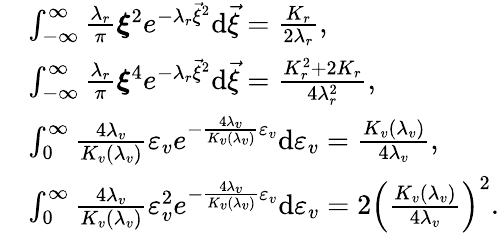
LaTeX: \begin{array}{rl}&{\int_{-\infty}^{\infty}\frac{\lambda_{r}}{\pi}\boldsymbol{\xi}^{2}e^{-\lambda_{r}\vec{\xi}^{2}}\mathrm{{d}}{\vec{\xi}}=\frac{K_{r}}{2\lambda_{r}},}\\ &{\int_{-\infty}^{\infty}\frac{\lambda_{r}}{\pi}\boldsymbol{\xi}^{4}e^{-\lambda_{r}\vec{\xi}^{2}}{\mathrm{d}}{\vec{\xi}}=\frac{K_{r}^{2}+2K_{r}}{4\lambda_{r}^{2}},}\\ &{\int_{0}^{\infty}\frac{4\lambda_{v}}{K_{v}(\lambda_{v})}\varepsilon_{v}e^{-\frac{4\lambda_{v}}{K_{v}(\lambda_{v})}{\varepsilon_{v}}}\mathrm{{d}}\varepsilon_{v}=\frac{K_{v}(\lambda_{v})}{4\lambda_{v}},}\\ &{\int_{0}^{\infty}\frac{4\lambda_{v}}{K_{v}(\lambda_{v})}\varepsilon_{v}^{2}e^{-\frac{4\lambda_{v}}{K_{v}(\lambda_{v})}\varepsilon_{v}}{\mathrm{d}}\varepsilon_{v}=2\left(\frac{K_{v}(\lambda_{v})}{4\lambda_{v}}\right)^{2}.}\end{array}